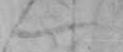
一